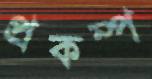
প্রকম্প